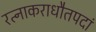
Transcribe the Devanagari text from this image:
रत्नाकराधौतपदां